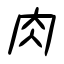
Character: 肉